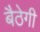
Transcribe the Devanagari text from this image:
बैठेगी